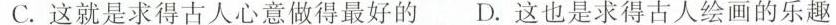
C.这就是求得古人心意做得最好的D.这也是求得古人绘画的乐趣